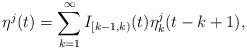
LaTeX: \begin{align*} \eta^j(t)=\sum_{k=1}^\infty I_{[k-1,k)}(t)\eta_k^j(t-k+1),\end{align*}